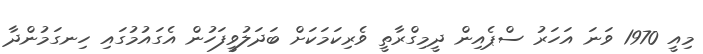
މިއީ 1970 ވަނަ އަހަރު ސްޕެއިން ދީމިގްރާތީ ވެރިކަމަކަށް ބަދަލުވީފަހުން އެގައުމުގައި ހިނގަމުންދާ